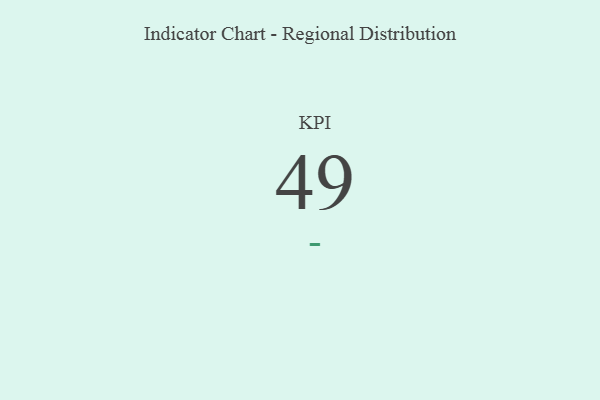
{"axis": {"x": "KPI", "y": "Value"}, "legend": [""], "data": [{"x": "KPI", "y": 49, "type": ""}]}